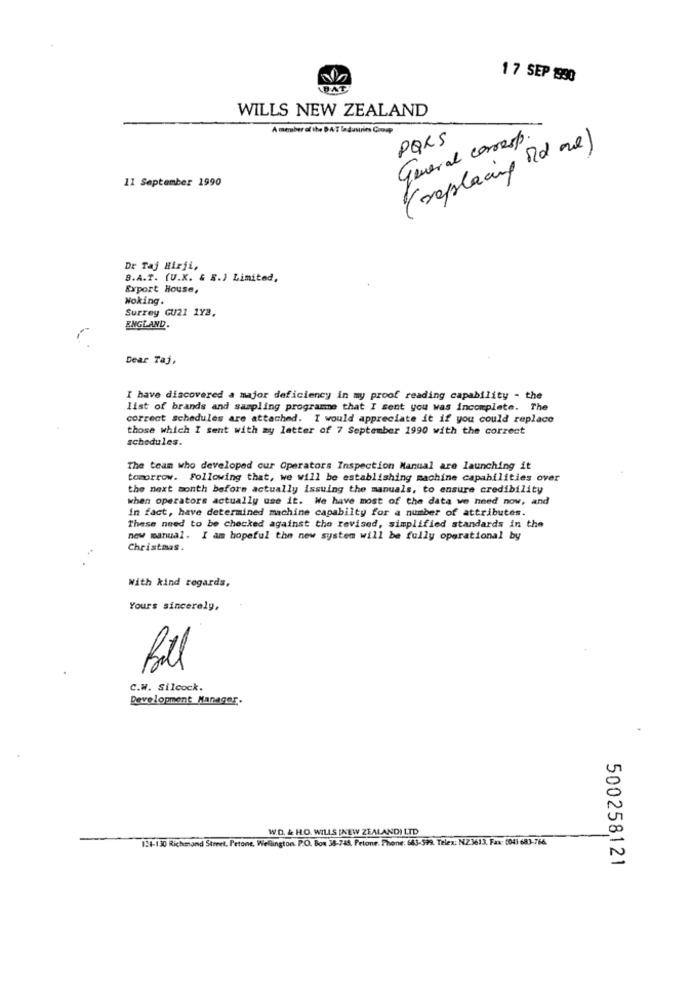
17 SEP 1990
DAT
WILLS NEW ZEALAND
A member of the DAT Industries Coorp
General corresp.
PQRS
( replacing old one)
11 September 1990
Dr Taj Hirji,
S.A.T. (U.K. & B.) Limited,
Export House,
Noking.
Surrey GU21 1Y3,
ENGLAND.
Dear Taj,
I have discovered a major deficiency in my proof reading capability - the
list of brands and sampling programme that I sent you was incomplete. The
correct schedules are attached. I would appreciate it if you could replace
those which I sent with my letter of 7 September 1990 with the correct
schedules.
The team who developed cur Operators Inspection Manual are launching it
tomorrow. Following that, we will be establishing machine capabilities over
the next month before actually issuing the manuals, to ensure credibility
when operators actually use it. We have most of the data we hned now, and
in fact, have determined machine capabilty for a number of attributes.
These need to be checked against the revised, simplified standards in the
new manual. I am hopeful the new system will be fully operational by
Christmas.
With kind regards,
Yours sincerely,
Bill
C.W. Silcock.
Development Manager.
WD. & HO. WILLS [NEW ZEALAND) LTD
124-130 Richmand Street, Petone, Wellington. P.O. Box 38-745, Petone. Phone: 663-599. Telex: NZ3613. Fax: (04) 683-766
500258121